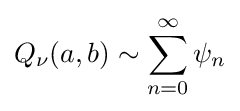
Q_{\nu }(a,b)\sim \sum _{n=0}^{\infty }\psi _{n}